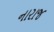
નારાજ